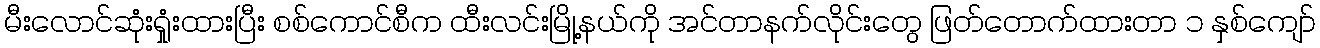
မီးလောင်ဆုံးရှုံးထားပြီး စစ်ကောင်စီက ထီးလင်းမြို့နယ်ကို အင်တာနက်လိုင်းတွေ ဖြတ်တောက်ထားတာ ၁ နှစ်ကျော်